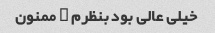
خیلی عالی بود بنظرم … ممنون